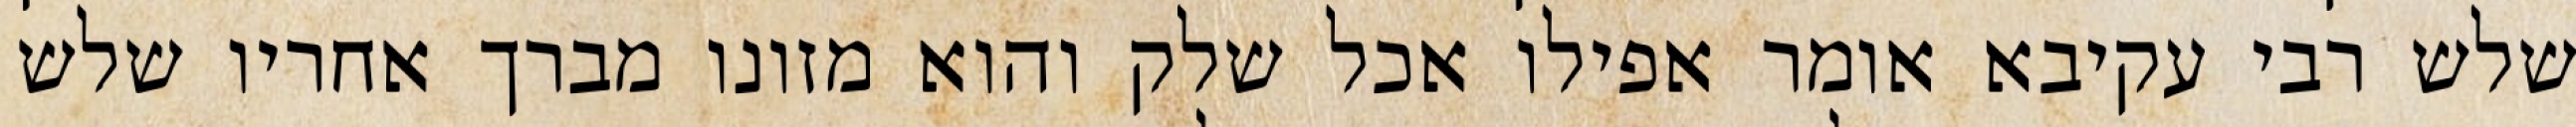
שלש רבי עקיבא אומר אפילו אכל שלק והוא מזונו מברך אחריו שלש